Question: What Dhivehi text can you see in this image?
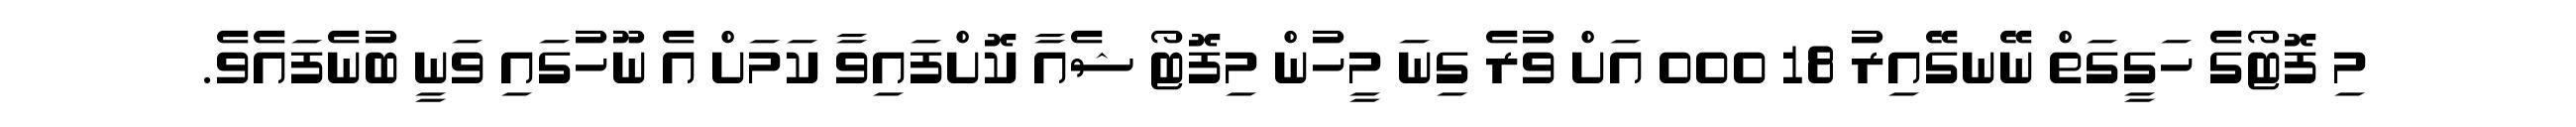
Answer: މި ފޮޓޯގެ ހަގީގަތް ނޭނގޭއިރު 18 000 އަށް ވުރެ ގިނަ މީހުން މިފޮޓޯ ޝެއާ ކޮށްފައިވާ ކަމަށް އެ ނޫހުގައި ވަނީ ބުނެފައެވެ.